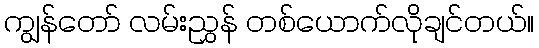
ကျွန်တော် လမ်းညွှန် တစ်ယောက်လိုချင်တယ်။